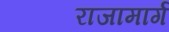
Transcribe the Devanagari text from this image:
राजामार्ग